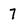
Character: 7